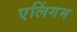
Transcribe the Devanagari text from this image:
एलिंगम